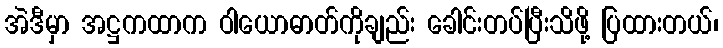
အဲဒီမှာ အဋ္ဌကထာက ဝါယောဓာတ်ကိုချည်း ခေါင်းတပ်ပြီးသိဖို့ ပြထားတယ်၊